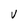
Character: V